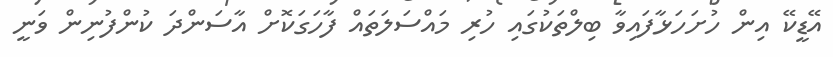
އޭޑީކޭ އިން ހުށަހަޅާފައިވާ ބިލްތަކުގައި ހުރި މައްސަލަތައް ފާހަގަކޮށް އާސަންދަ ކުންފުނިން ވަނީ